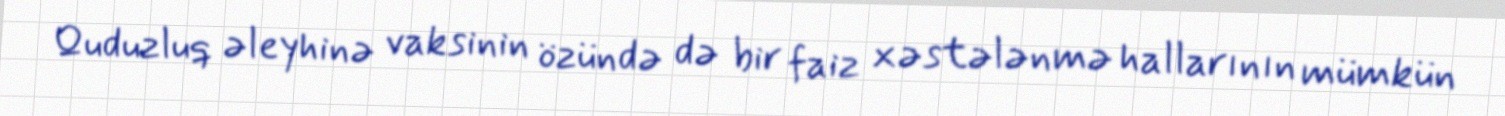
Quduzluq əleyhinə vaksinin özündə də bir faiz xəstələnmə hallarının mümkün